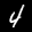
Label: 4